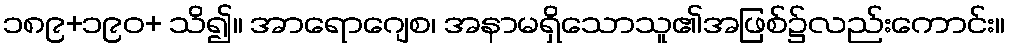
၁၈၉+၁၉၀+ သိ၍။ အာရောဂျေစ၊ အနာမရှိသောသူ၏အဖြစ်၌လည်းကောင်း။